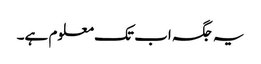
یہ جگہ اب تک معلوم ہے۔